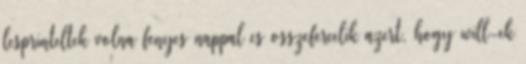
lesprinteltek volna fenyes nappal es osszefercelik azert, hogy will-ek